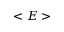
< E >